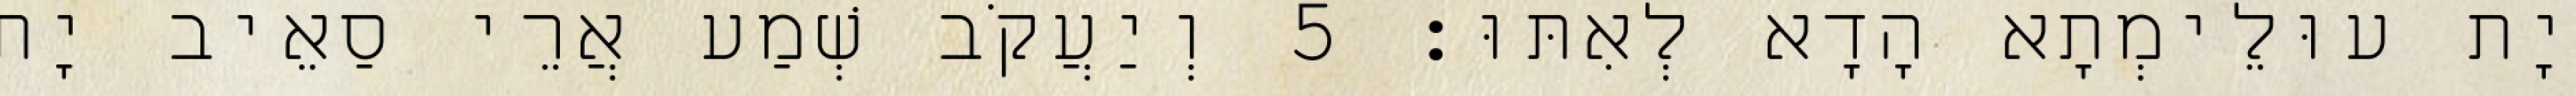
יָת עוּלֵימְתָא הָדָא לְאִתּוּ׃ 5 וְיַעֲקֹב שְׁמַע אֲרֵי סַאֵיב יָת